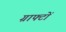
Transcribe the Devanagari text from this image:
ग्राफ्टों